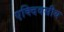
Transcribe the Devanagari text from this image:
एक्दिवसीय